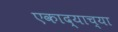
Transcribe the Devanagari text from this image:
एकाद्याच्या